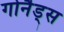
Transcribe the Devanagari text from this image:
गोनैड्स